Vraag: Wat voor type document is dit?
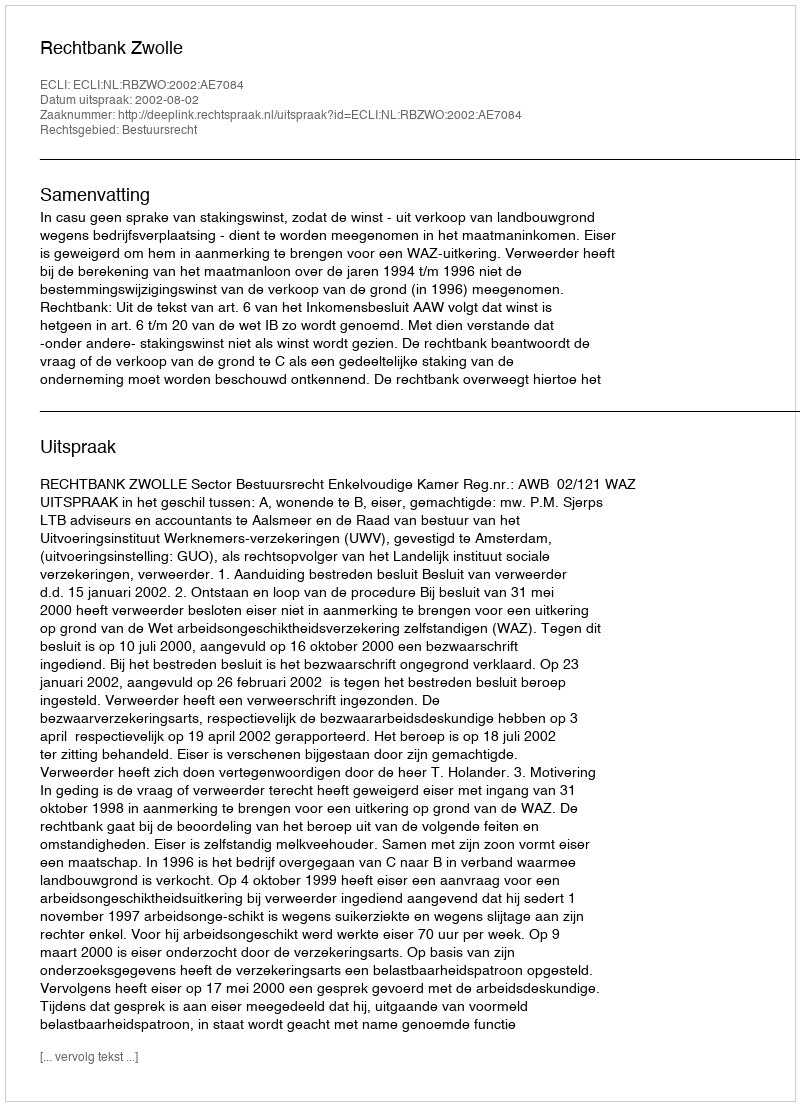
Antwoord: Uitspraak